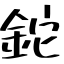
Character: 鉈